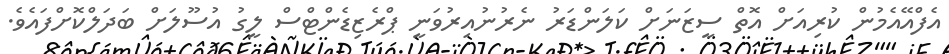
އެފްއޭއެމުން ކުރިއަށް އޮތް ސީޒަނަށް ކަލަންޑަރު ނެރުނުއިރުވަނީ ޕްރެޒިޑެންޓްސް ލީގު އުސޫލަށް ބަދަލްކޮށްފައެވެ.